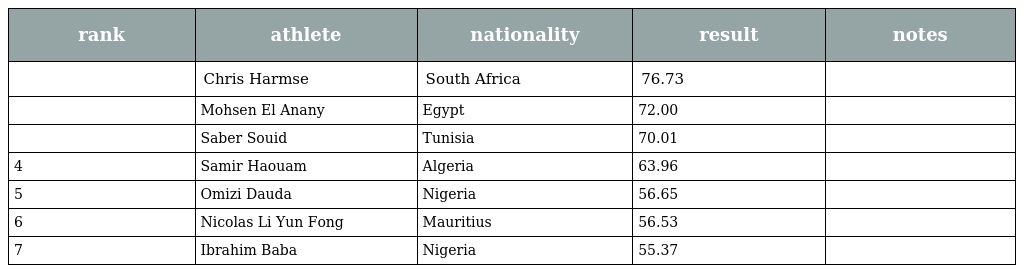
| rank | athlete | nationality | result | notes |
 | --- | --- | --- | --- | --- |
 |  | Chris Harmse | South Africa | 76.73 |  |
 |  | Mohsen El Anany | Egypt | 72.00 |  |
 |  | Saber Souid | Tunisia | 70.01 |  |
 | 4 | Samir Haouam | Algeria | 63.96 |  |
 | 5 | Omizi Dauda | Nigeria | 56.65 |  |
 | 6 | Nicolas Li Yun Fong | Mauritius | 56.53 |  |
 | 7 | Ibrahim Baba | Nigeria | 55.37 |  |